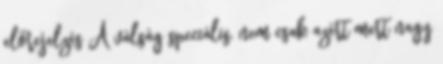
előrejelzés A válság speciális, nem csak azért mert nagy